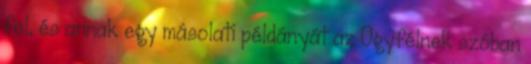
fel, és annak egy másolati példányát az Ügyfélnek szóban